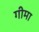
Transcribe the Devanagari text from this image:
गीमा